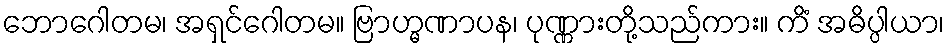
ဘောဂေါတမ၊ အရှင်ဂေါတမ။ ဗြာဟ္မဏာပန၊ ပုဏ္ဏားတို့သည်ကား။ ကိံ အဓိပ္ပါယာ၊